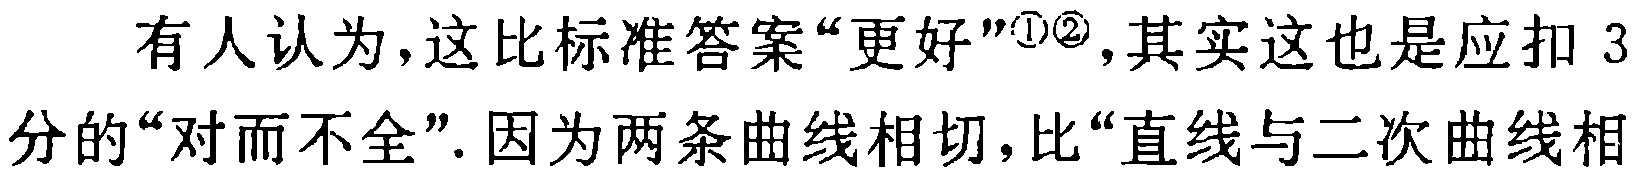
有人认为，这比标准答案“更好”\textsuperscript{\textcircled{1}\textcircled{2}}，其实这也是应扣 3分的“对而不全”. 因为两条曲线相切，比“直线与二次曲线相